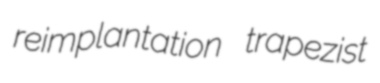
reimplantation trapezist